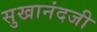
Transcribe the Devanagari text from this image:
सुखानंदजी